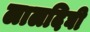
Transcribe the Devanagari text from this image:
लालदिघी